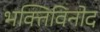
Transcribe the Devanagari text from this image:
भक्तिविनोद